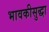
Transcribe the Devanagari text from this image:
भावकीसुद्धा